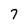
Character: 7